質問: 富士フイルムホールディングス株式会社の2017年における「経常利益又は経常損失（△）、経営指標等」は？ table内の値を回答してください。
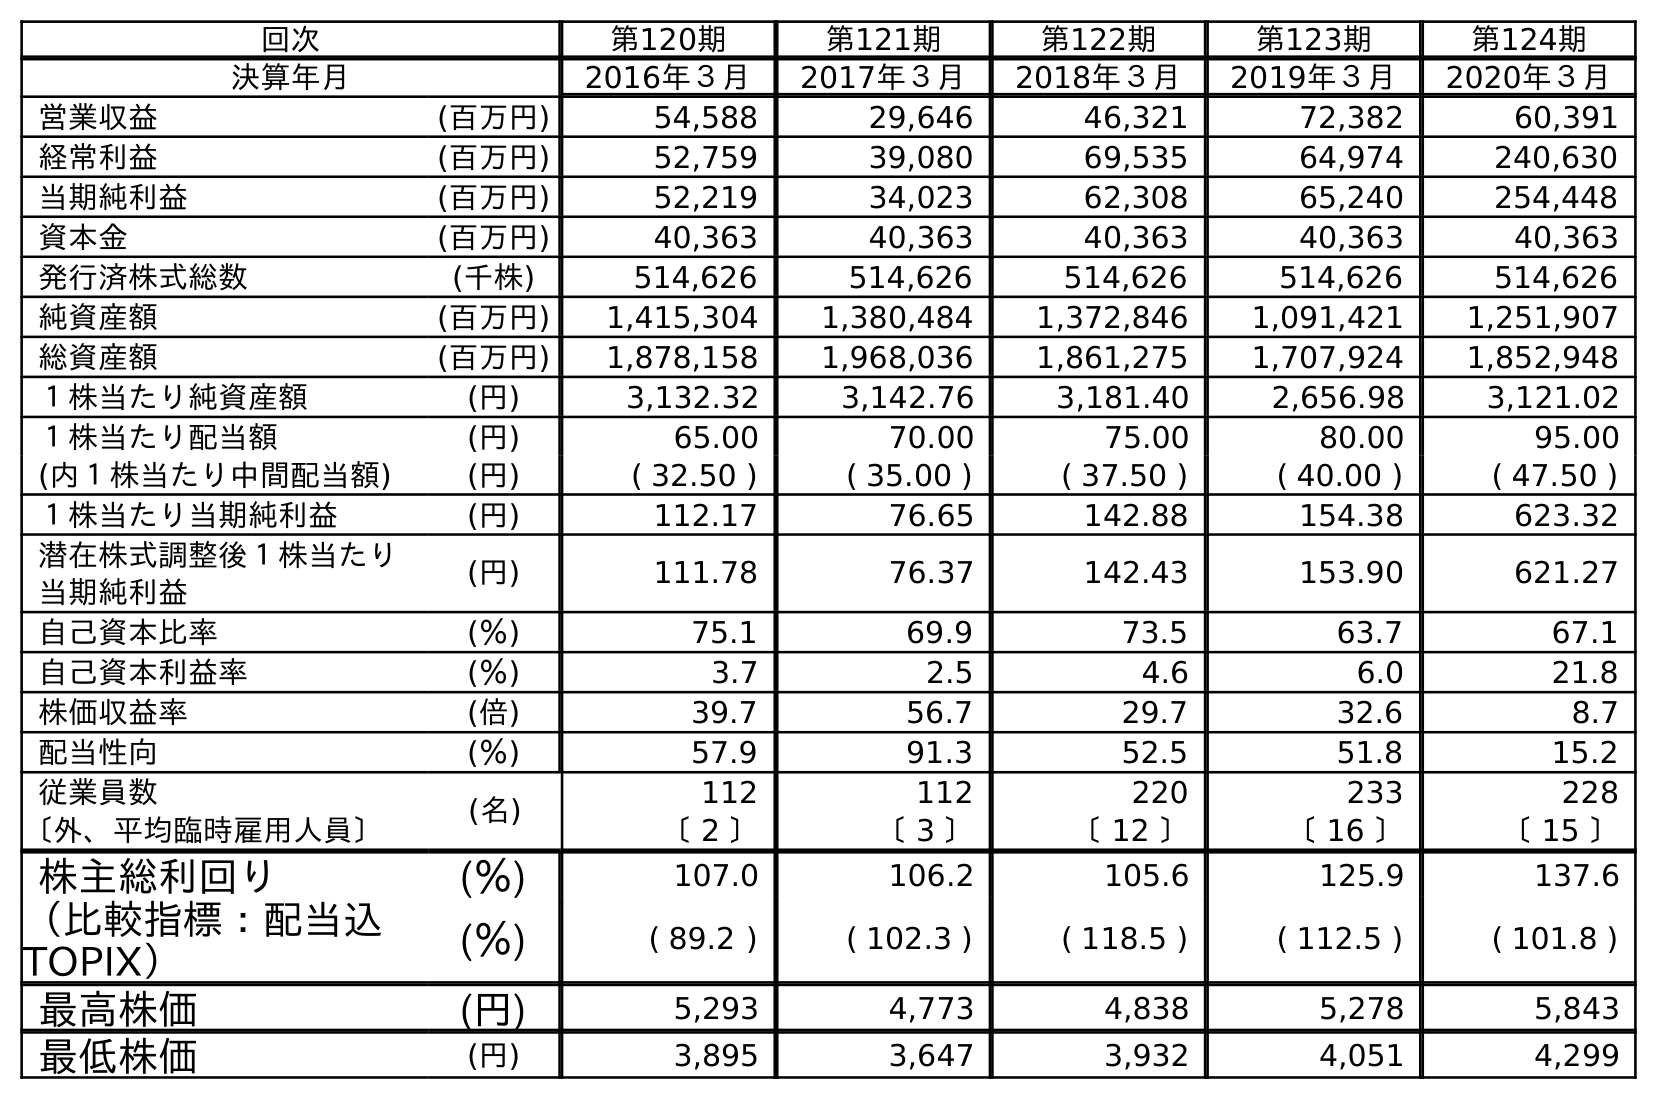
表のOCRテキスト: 回次 第120期 第121期 第122期 第123期 第124期 決算年月 2016年３月 2017年３月 2018年３月 2019年３月 2020年３月 営業収益 (百万円) 54,588 29,646 46,321 72,382 60,391 経常利益 (百万円) 52,759 39,080 69,535 64,974 240,630 当期純利益 (百万円) 52,219 34,023 62,308 65,240 254,448 資本金 (百万円) 40,363 40,363 40,363 40,363 40,363 発行済株式総数 (千株) 514,626 514,626 514,626 514,626 514,626 純資産額 (百万円) 1,415,304 1,380,484 1,372,846 1,091,421 1,251,907 総資産額 (百万円) 1,878,158 1,968,036 1,861,275 1,707,924 1,852,948 １株当たり純資産額 (円) 3,132.32 3,142.76 3,181.40 2,656.98 3,121.02 １株当たり配当額 (円) 65.00 70.00 75.00 80.00 95.00 (内１株当たり中間配当額) (円) ( 32.50 ) ( 35.00 ) ( 37.50 ) ( 40.00 ) ( 47.50 ) １株当たり当期純利益 (円) 112.17 76.65 142.88 154.38 623.32 潜在株式調整後１株当たり 当期純利益 (円) 111.78 76.37 142.43 153.90 621.27 自己資本比率 (％) 75.1 69.9 73.5 63.7 67.1 自己資本利益率 (％) 3.7 2.5 4.6 6.0 21.8 株価収益率 (倍) 39.7 56.7 29.7 32.6 8.7 配当性向 (％) 57.9 91.3 52.5 51.8 15.2 従業員数 (名) 112 112 220 233 228 〔外、平均臨時雇用人員〕 〔 2 〕 〔 3 〕 〔 12 〕 〔 16 〕 〔 15 〕 株主総利回り (％) 107.0 106.2 105.6 125.9 137.6 （比較指標：配当込 TOPIX） (％) ( 89.2 ) ( 102.3 ) ( 118.5 ) ( 112.5 ) ( 101.8 ) 最高株価 (円) 5,293 4,773 4,838 5,278 5,843 最低株価 (円) 3,895 3,647 3,932 4,051 4,299
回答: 39,080